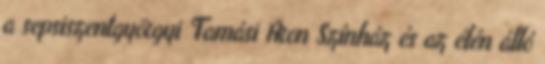
a sepsiszentgyörgyi Tamási Áron Színház és az élén álló